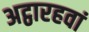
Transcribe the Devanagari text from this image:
अट्ठारहवां